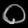
Digit: ၀